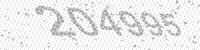
Solution: 204995